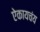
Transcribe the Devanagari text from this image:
ऐकायचंय